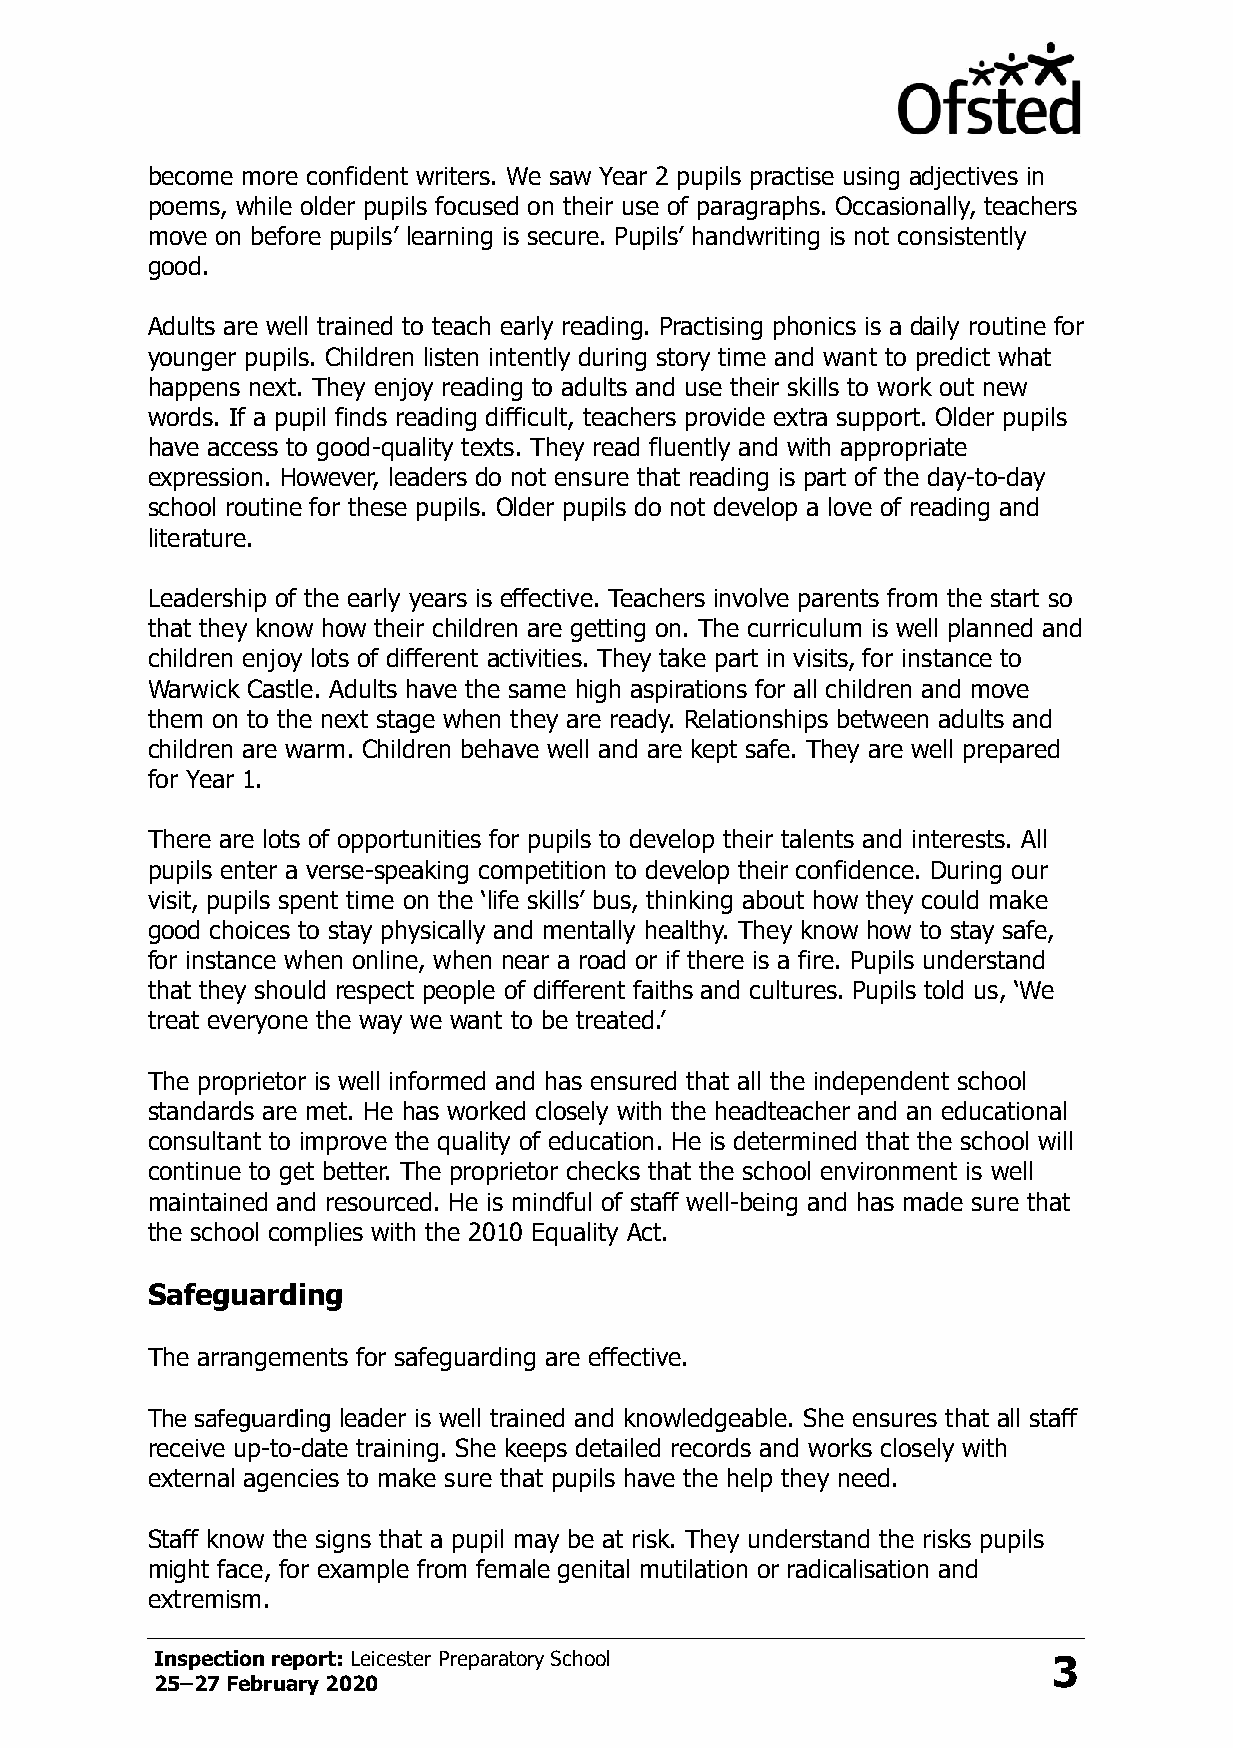
become more confident writers. We saw Year 2 pupils practise using adjectives in
 poems, while older pupils focused on their use of paragraphs. Occasionally, teachers
 move on before pupils’ learning is secure. Pupils’ handwriting is not consistently
 good.
 Adults are well trained to teach early reading. Practising phonics is a daily routine for
 younger pupils. Children listen intently during story time and want to predict what
 happens next. They enjoy reading to adults and use their skills to work out new
 words. If a pupil finds reading difficult, teachers provide extra support. Older pupils
 have access to good-quality texts. They read fluently and with appropriate
 expression. However, leaders do not ensure that reading is part of the day-to-day
 school routine for these pupils. Older pupils do not develop a love of reading and
 literature.
 Leadership of the early years is effective. Teachers involve parents from the start so
 that they know how their children are getting on. The curriculum is well planned and
 children enjoy lots of different activities. They take part in visits, for instance to
 Warwick Castle. Adults have the same high aspirations for all children and move
 them on to the next stage when they are ready. Relationships between adults and
 children are warm. Children behave well and are kept safe. They are well prepared
 for Year 1.
 There are lots of opportunities for pupils to develop their talents and interests. All
 pupils enter a verse-speaking competition to develop their confidence. During our
 visit, pupils spent time on the ‘life skills’ bus, thinking about how they could make
 good choices to stay physically and mentally healthy. They know how to stay safe,
 for instance when online, when near a road or if there is a fire. Pupils understand
 that they should respect people of different faiths and cultures. Pupils told us, ‘We
 treat everyone the way we want to be treated.’
 The proprietor is well informed and has ensured that all the independent school
 standards are met. He has worked closely with the headteacher and an educational
 consultant to improve the quality of education. He is determined that the school will
 continue to get better. The proprietor checks that the school environment is well
 maintained and resourced. He is mindful of staff well-being and has made sure that
 the school complies with the 2010 Equality Act.
 Safeguarding
 The arrangements for safeguarding are effective.
 The safeguarding leader is well trained and knowledgeable. She ensures that all staff
 receive up-to-date training. She keeps detailed records and works closely with
 external agencies to make sure that pupils have the help they need.
 Staff know the signs that a pupil may be at risk. They understand the risks pupils
 might face, for example from female genital mutilation or radicalisation and
 extremism.
 Inspection report: Leicester Preparatory School             3
 25–27 February 2020